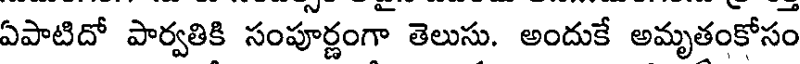
ఏపాటిదో పార్వతికి సంపూర్ణంగా తెలుసు. అందుకే అమృతంకోసం